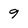
Character: 9